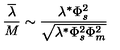
\frac { \overline { \lambda } } { M } \sim \frac { \lambda ^ { * } \Phi _ { s } ^ { 2 } } { \sqrt { \lambda ^ { * } \Phi _ { s } ^ { 2 } \Phi _ { m } ^ { 2 } } }